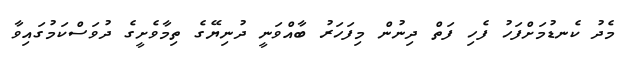
މެދު ކެނޑުމަށްފަހު ފެހި ފަތް ދިނުން މިފަހަރު ބާއްވަނީ ދުނިޔޭގެ ތިމާވެށީގެ ދުވަސްކަމުގައިވާ